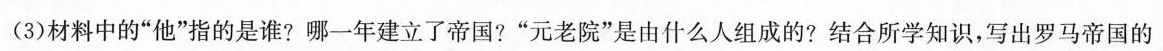
(3)材料中的”他”指的是谁?哪一年建立了帝国?”元老院”是由什么人组成的?结合所学知识，写出罗马帝国的